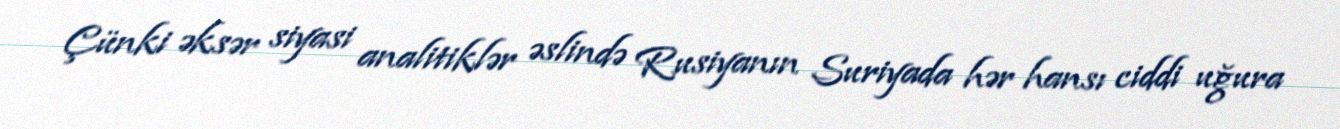
Çünki əksər siyasi analitiklər əslində Rusiyanın Suriyada hər hansı ciddi uğura